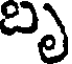
బృ